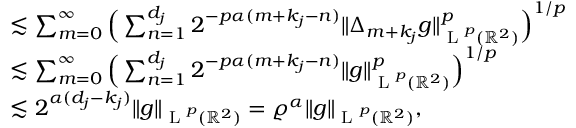
\begin{array} { r l } & { \lesssim \sum _ { m = 0 } ^ { \infty } \Big ( \sum _ { n = 1 } ^ { d _ { j } } 2 ^ { - p \alpha ( m + k _ { j } - n ) } \| \Delta _ { m + k _ { j } } g \| _ { \textup { L } ^ { p } ( \mathbb { R } ^ { 2 } ) } ^ { p } \Big ) ^ { 1 / p } } \\ & { \lesssim \sum _ { m = 0 } ^ { \infty } \Big ( \sum _ { n = 1 } ^ { d _ { j } } 2 ^ { - p \alpha ( m + k _ { j } - n ) } \| g \| _ { \textup { L } ^ { p } ( \mathbb { R } ^ { 2 } ) } ^ { p } \Big ) ^ { 1 / p } } \\ & { \lesssim 2 ^ { \alpha ( d _ { j } - k _ { j } ) } \| g \| _ { \textup { L } ^ { p } ( \mathbb { R } ^ { 2 } ) } = \varrho ^ { \alpha } \| g \| _ { \textup { L } ^ { p } ( \mathbb { R } ^ { 2 } ) } , } \end{array}